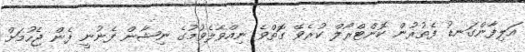
އަލިފާންގަނޑު ފެތުރުން ކޮންޓްރޯލް ކުރެވޭ ގޮތްވެ ނިއްވާލެވުމުގެ ނިޝާން ފެނުނީ ފެން ޖެހުމަށް